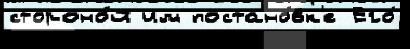
стороно́й им постано́вк'е Его́